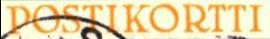
POSTIKORTTI